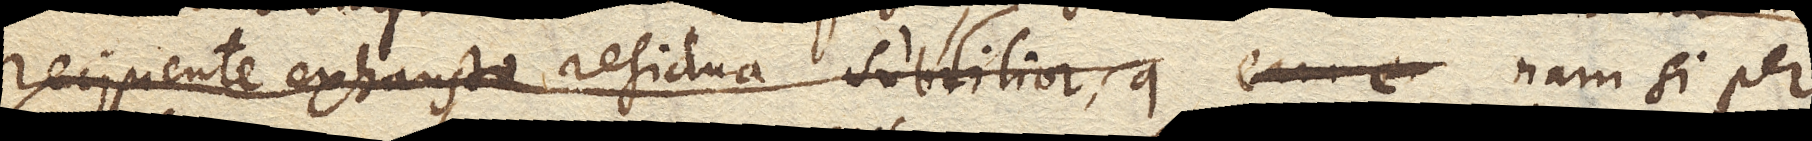
recipiente exhausto residua subtilior, q nam si per